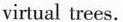
virtual trees.